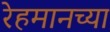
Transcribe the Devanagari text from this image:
रेहमानच्या